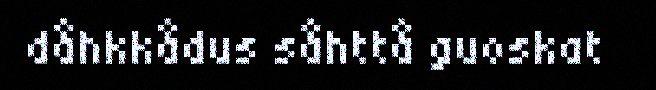
dåhkkådus såhttå guoskat